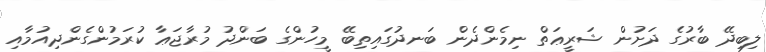
ލިބިދޭ ބާރުގެ ދަށުން ޝަރީޢަތް ނިމެންދެން ބަނދުގައިތިބޭ މީހުންގެ ބަންދު މުރާޖަޢާ ކުރަމުންގެންދިއުމާއި